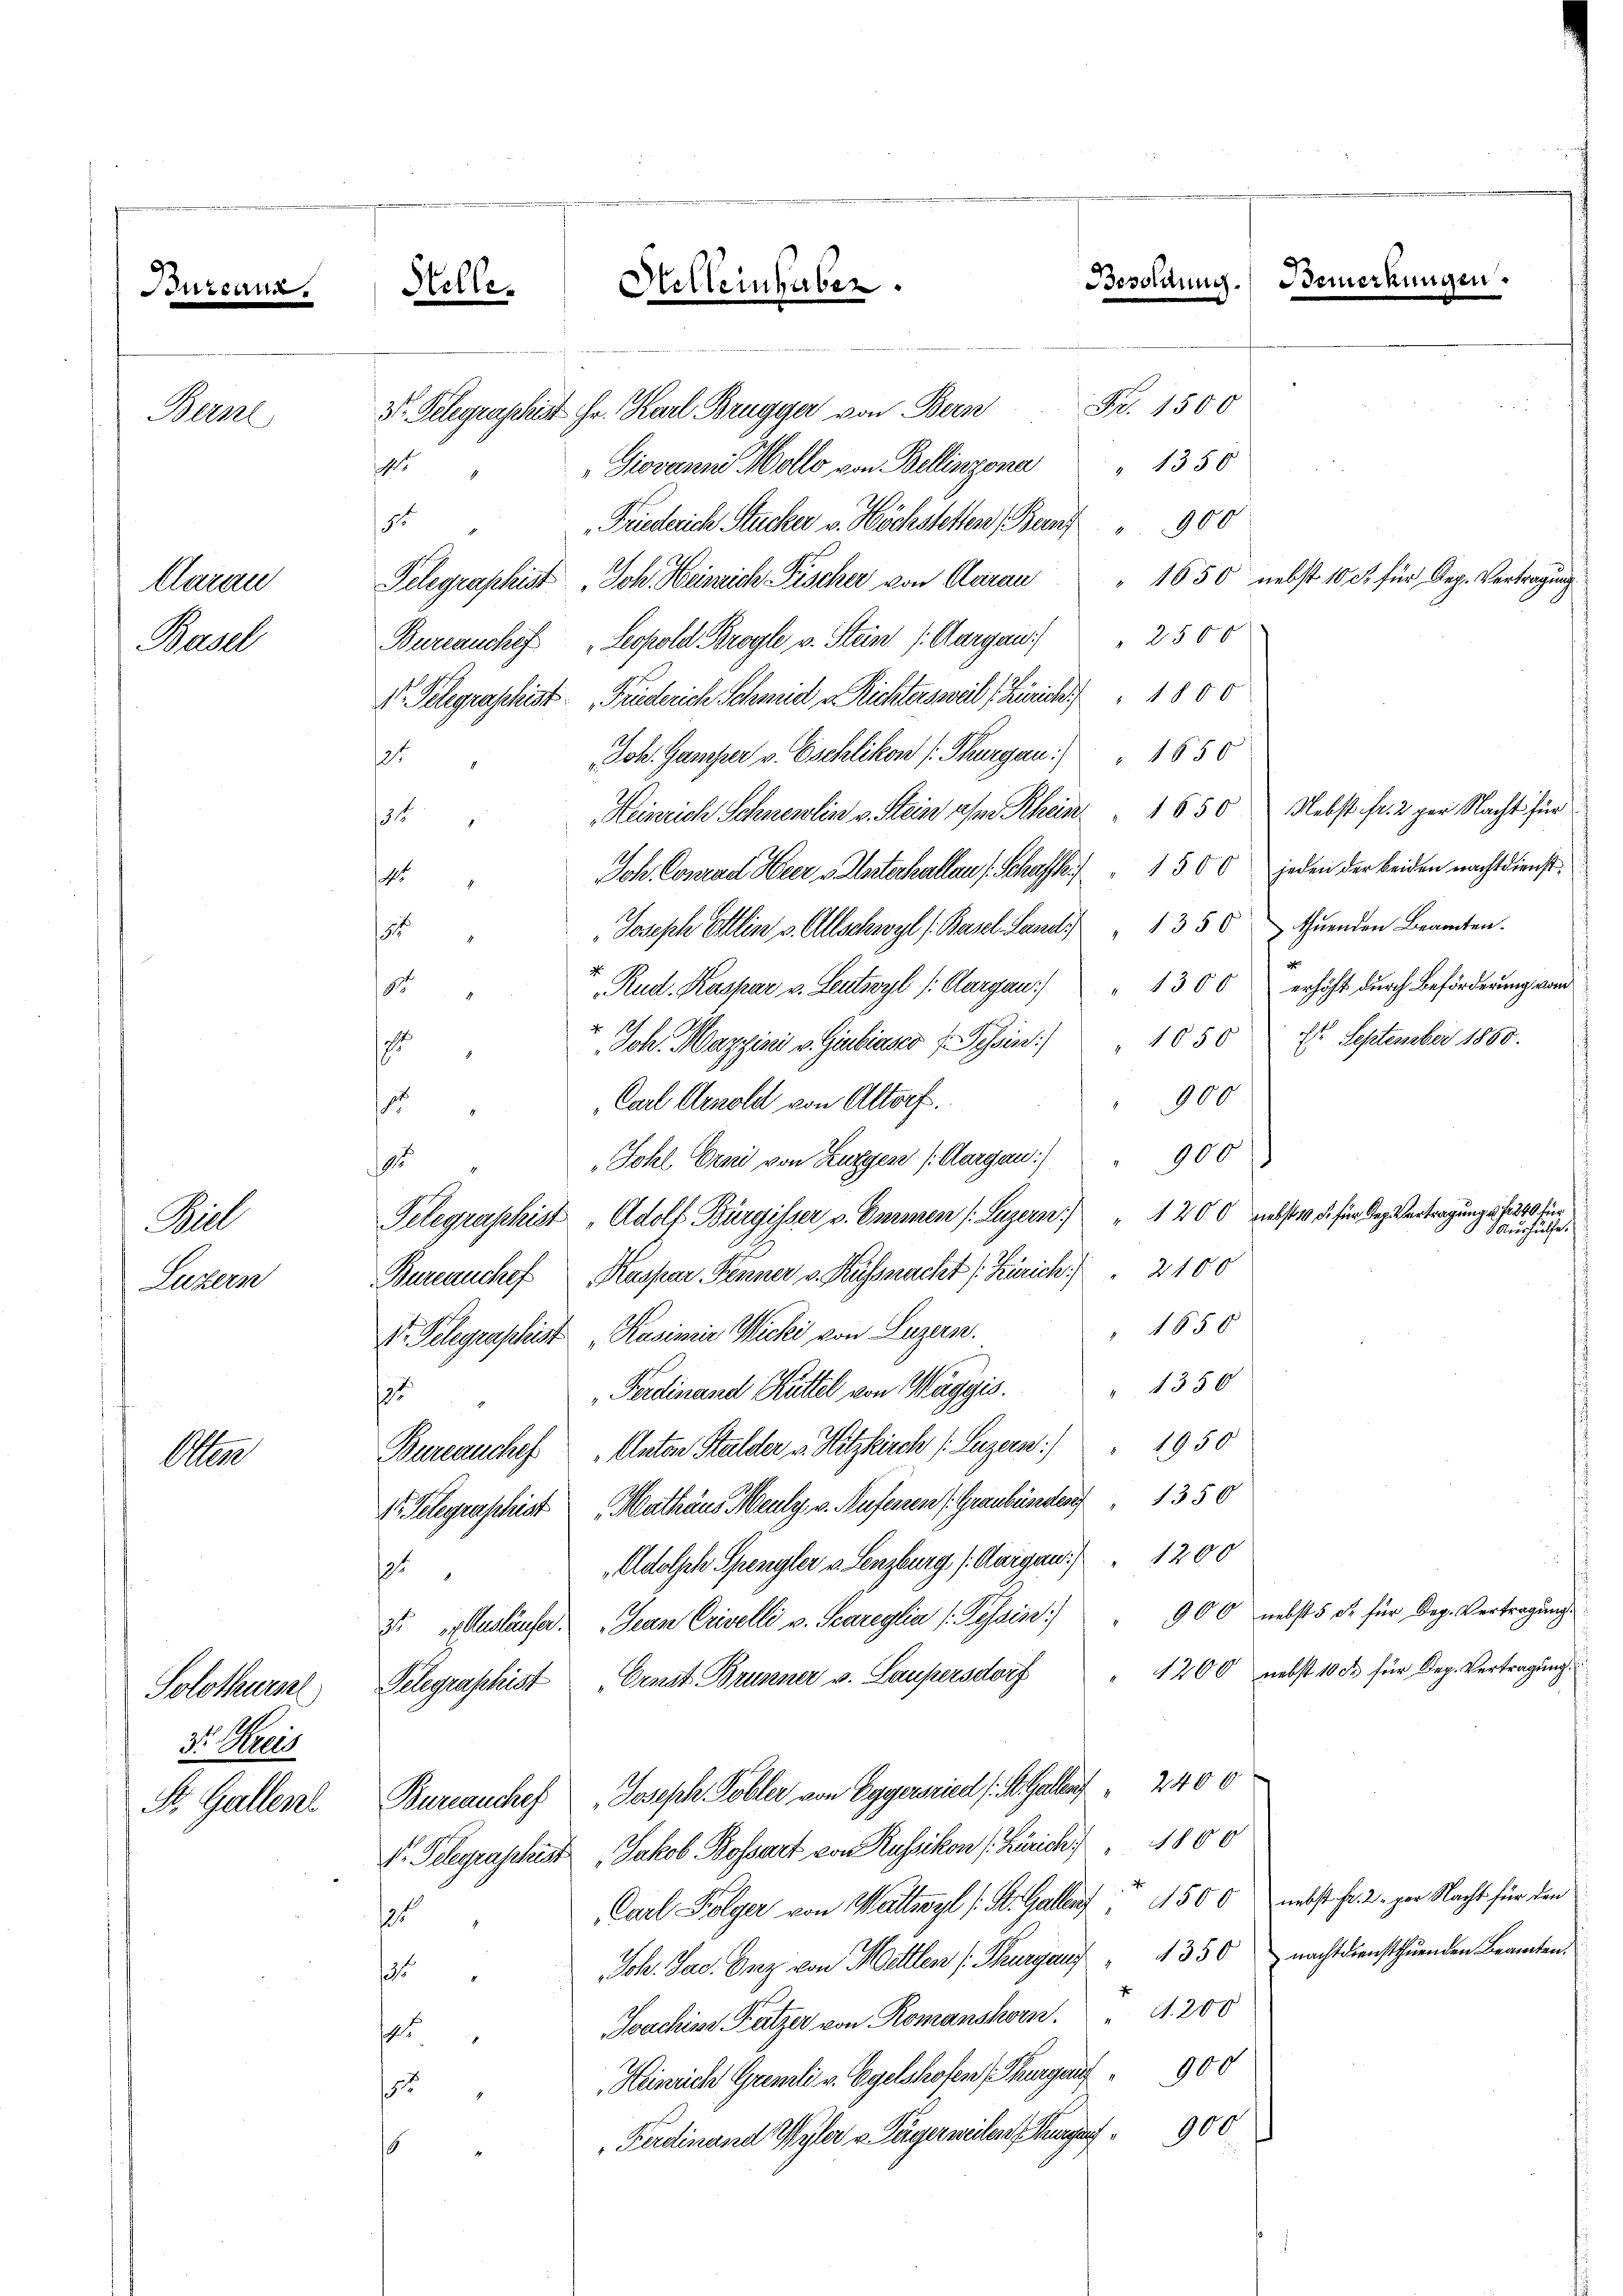
.

Berne

Carau
Basel

Bill
Luzern

A

Solothursel
. Pers
S. Gallen

Helle.

ht

t
t

5. " Bauderich Stucker v. Höchstetten, Beruf 900
Telegraphist, Joh. Heinrich Pischer von Aarau " 1650 nebst 10 c. für Sep. Vertragung
Bureauchef Leopold Brogle v. Stein /: Aargau) 2500
V. Telegraphist. „Früderich Schmid u. Richtersweil Zürich   1800
Joh. Gamper v. Eschlikon (Thurgau) " 1650
Heinrich Schneidlin v. Stein am Rhein. 1650 Nebst fr. 2. per Nacht für
Joh. Conrad Heer v. Usterhallen (Schafft. 1500 jeden der beiden nachtdienst
Joseph Alin v. Allschwyl (Basel Landi " 135 5 thuenden Beamten.
15
1300 erhöht durch Beförderung von
“ Rud. Kaspar v. Leutwyl /: Aargau)
8
.
Joh. Marzini v. Giubiasco v. Tessin.) " 1050 f. September 1850.
1
100
Carl Arnold von Altorf.
7
Johl Erni von Luzgen (Aargau: " 900 "
r
" 1200 nebst 10 f. für der Vertragung 2 f 240 für
Telegraphist. „Adolf Bürgisser v. Emmen (Luzern)
Bureauchef Kaspar Fenner v. Kusspracht (Zürich.) " 2100
1650
1t. Gelegraphist Kasimir Michi von Luzern.
1356
Ferdinand Hüttel von Wagyis.
2
Bureauches Anton Stalder v. Hitzkirch Luzern) " 1950
15. Gelegraschiat. Mathäus Meuly v. Auferren J. Graubünden 1350
Adolph Spengler v. Lenzburg (Aargau 1200
.
3. Ausläufer. Jean Crivelli v. Scareglia (Tessin " 900 nebst 5 Fr. für Deg. Vertragŭng
Telegraphist Ernst Brunner v. Laupersdorf " 1200 nebst 10 Fr. für Dep. Vertragung
Bureauchef Joseph Tobler von Eggersried (St. Gallen 2400
Dr. Telegraphist, Jakob Bossart von Russikon (Zürich 1800
Carl Folger von Wattwyl Kt. Galles 1500 nebst Fr. 2. per Nacht für den
2
Joh. Jac. Graz von Mellen (Thurgau " 1350 nachtdiensthuenden Beamten.
15
Joachine Katzer von Romanshorn 200
.
5. Heinrich Gremli v. Egelshofen Thurgauf 900
Ferdinand Wyler v. Tägerweilen Zeug 900
s

t

Helleinhaber

3. Telegraphirt Hr. Karl Brugger von Bern Fr. 1500

Giovanni Mollo von Bellinzona " 1350

Besoldung. Bemerkungen.

h